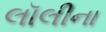
લૉલીના